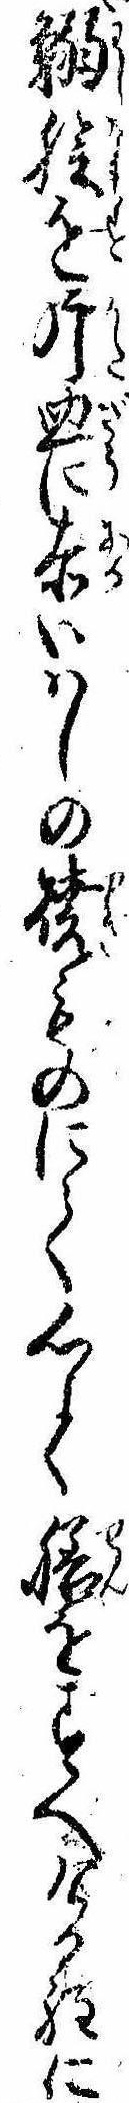
鰯膾を片皿に赤いはしの焼ものにて心よく膳をすへける程に